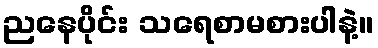
ညနေပိုင်း သရေစာမစားပါနဲ့။